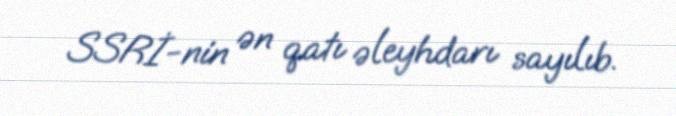
SSRİ-nin ən qatı əleyhdarı sayılıb.